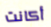
أكانت